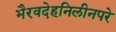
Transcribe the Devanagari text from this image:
भैरवदेहनिलीनपरे